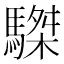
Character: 䮪